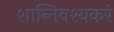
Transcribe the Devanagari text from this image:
शान्तिवश्यकरं